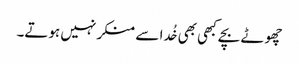
چھوٹے بچے کبھی بھی خُدا سے منکر نہیں ہوتے۔